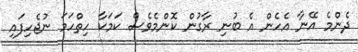
ދެންމެ އޭނާ އެހެން އެ ބުނި ރާގުން ކޮންމެވެސް ކަމަކާ ހިތްހަމަ ނުޖެހިފައި